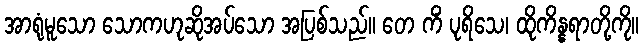
အာရုံမူသော သောကဟုဆိုအပ်သော အပြစ်သည်။ တေ ကိံ ပုရိသေ၊ ထိုကိန္နရာတို့ကို။